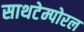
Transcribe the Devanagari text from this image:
साथटेम्पोरल